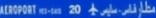
AERPORT-03-05